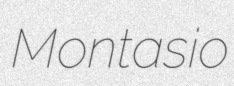
Montasio